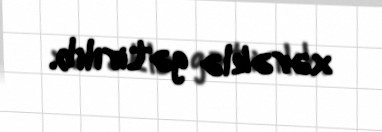
xərəklə gətirilib.